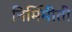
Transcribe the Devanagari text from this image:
निर्मिमीती